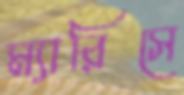
ম্যারিসে